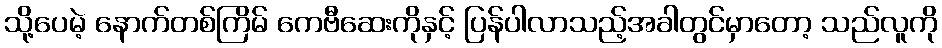
သို့ပေမဲ့ နောက်တစ်ကြိမ် ကေဗီဆေးကိုနှင့် ပြန်ပါလာသည့်အခါတွင်မှာတော့ သည်လူကို